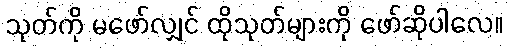
သုတ်ကို မဖော်လျှင် ထိုသုတ်များကို ဖော်ဆိုပါလေ။